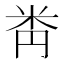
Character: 𥸻